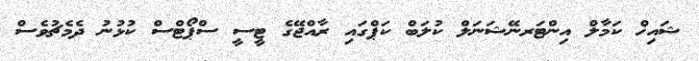
ޝައިޚް ކަމާލް އިންޓަރނޭޝަނަލް ކުލަބް ކަޕްގައި ރާއްޖޭގެ ޓީސީ ސްޕޯޓްސް ކުޅުނު ދެމެޗުވެސް